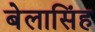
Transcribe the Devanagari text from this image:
बेलासिंह